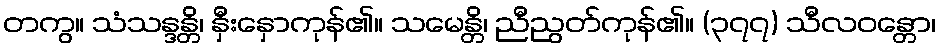
တကွ။ သံသန္ဒန္တိ၊ နှီးနှောကုန်၏။ သမေန္တိ၊ ညီညွတ်ကုန်၏။ (၃၇၇) သီလဝန္တော၊